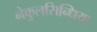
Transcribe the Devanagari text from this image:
नेकुलसिन्धिया